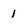
Character: 1